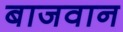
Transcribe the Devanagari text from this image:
बाजवान